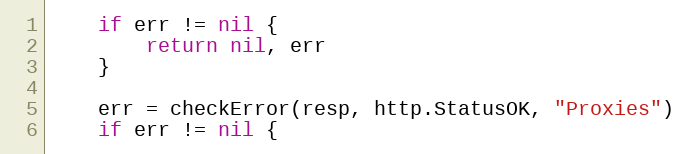
Language: Go
	if err != nil {
		return nil, err
	}

	err = checkError(resp, http.StatusOK, "Proxies")
	if err != nil {